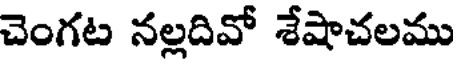
చెంగట నల్లదివో శేషాచలము